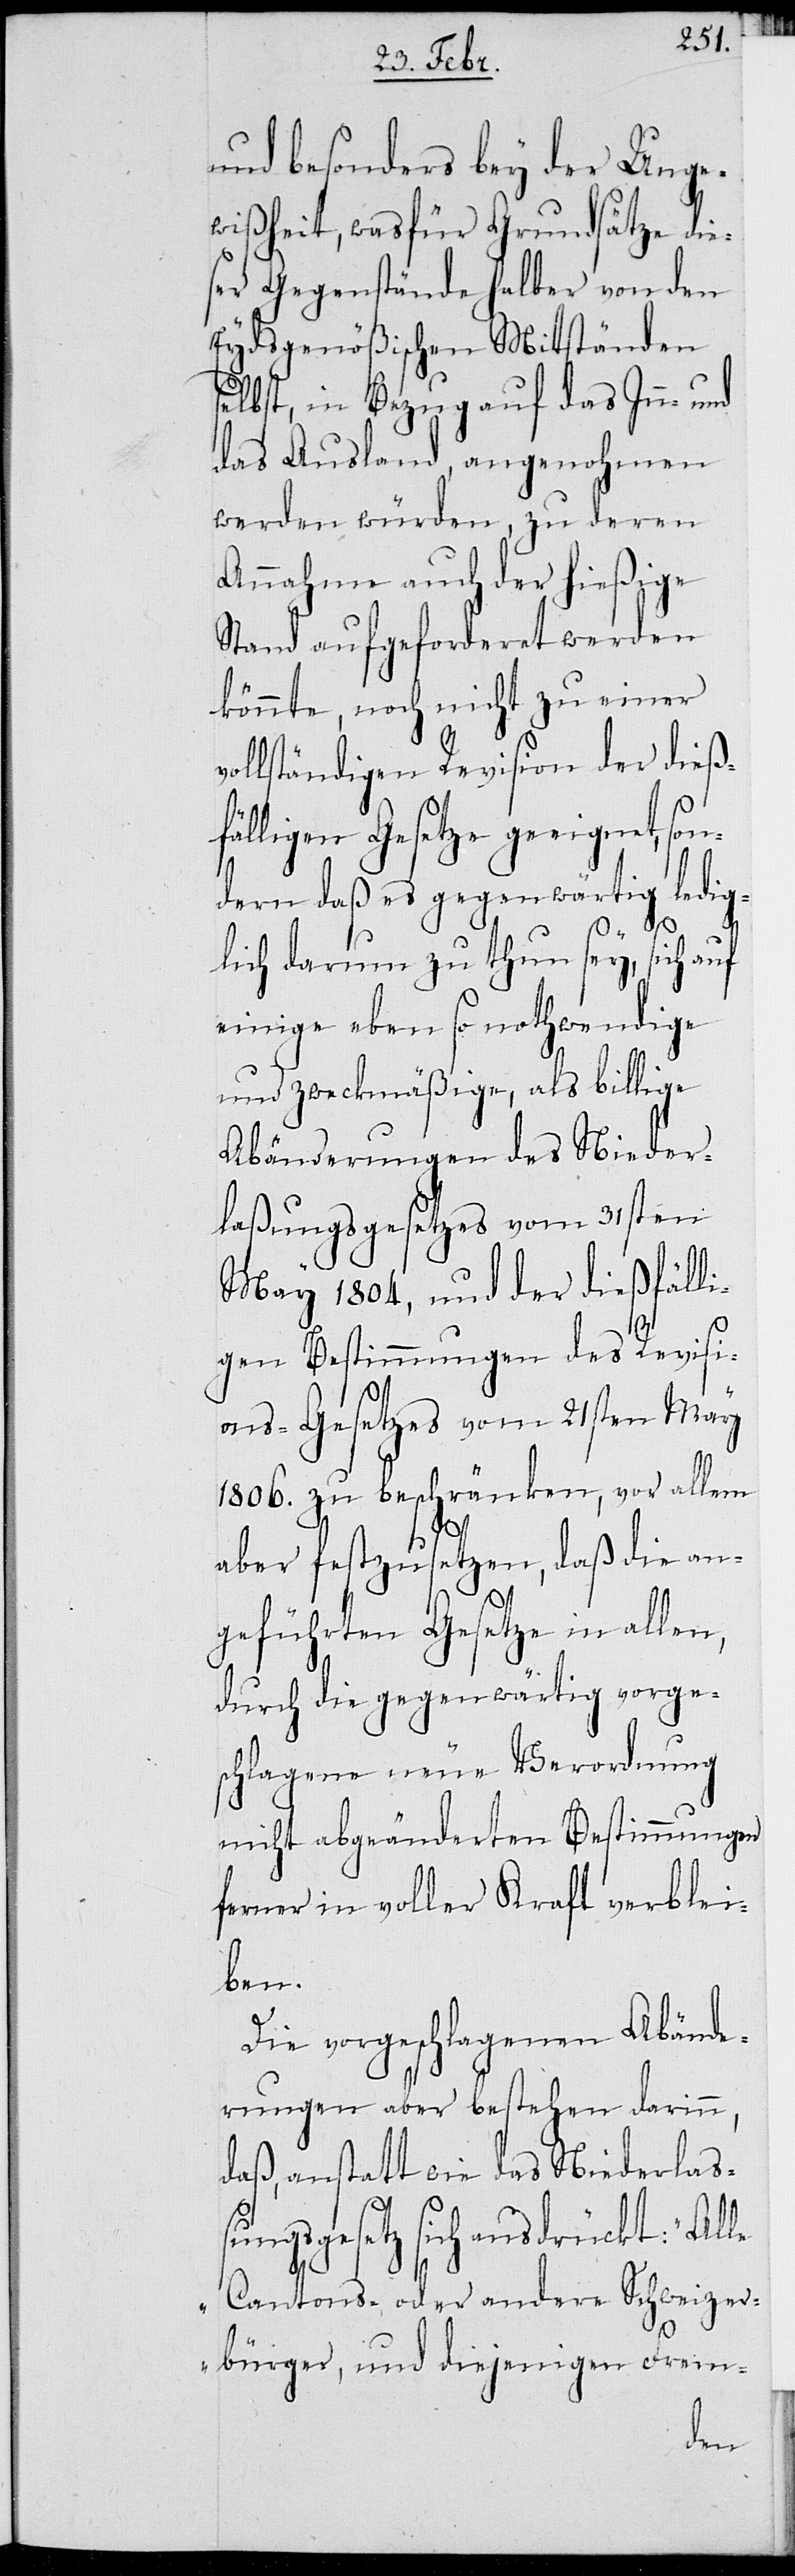
und besonders bey der Unge¬
wißheit, was für Grundsätze die¬
ser Gegenstände halber von den
Eydsgenößischen Mitständen
selbst, in Bezug auf das Inn- und
das Ausland, angenohmen
werden würden, zu deren
Annahme auch der hießige
Stand aufgeforderet werden
könnte, noch nicht zu einer
ollständigen Revision der dieß¬
fälligen Gesetze geeignet, son¬
dern daß es gegenwärtig ledig¬
lich darum zu thun sey, sich auf
einige eben so nothwendige
und zweckmäßige, als billige
Änderungen des Nieder¬
laßungsgesetzes vom 31sten
May 1804, und der dießfäll¬
igen Bestimmungen des Revisi¬
ons-Gesetzes vom 21sten May
1806. zu beschränken, vor allem
v¬
aber festzusetzen, daß die an¬
geführten Gesetze in allen,
durch die gegenwärtig vorge¬
schlagene neue Verordnung
nicht abgeänderten Bestimmungen
ferner in voller Kraft verblei¬
ben.
Die vorgeschlagenen Abände¬
rungen aber bestehen darinn,
daß, anstatt wie das Niederlaß¬
ungsgesetz sich ausdrückt: „Alle
Cantons- oder andere Schweizer¬
bürger, und diejenigen Frem-